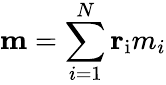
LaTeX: \mathbf{m}=\sum_{i=1}^{N}\mathbf{r}_{\mathrm{i}}m_{i}